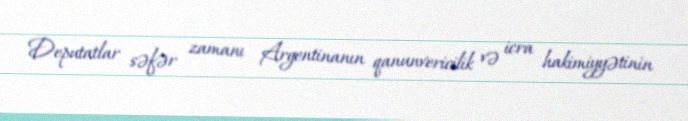
Deputatlar səfər zamanı Argentinanın qanunvericilik və icra hakimiyyətinin